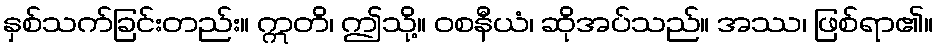
နှစ်သက်ခြင်းတည်း။ ဣတိ၊ ဤသို့။ ဝစနီယံ၊ ဆိုအပ်သည်။ အဿ၊ ဖြစ်ရာ၏။